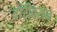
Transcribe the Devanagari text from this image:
वारीवरुन